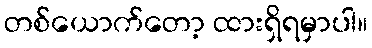
တစ်ယောက်တော့ ထားရှိရမှာပါ။